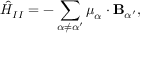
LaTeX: { \hat { H } } _ { I I } = - \sum _ { \alpha \neq \alpha ^ { \prime } } { \boldsymbol { \mu } } _ { \alpha } \cdot \mathbf { B } _ { \alpha ^ { \prime } } ,